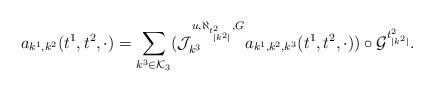
LaTeX: \begin{align*}a_{k^1,k^2}(t^1,t^2,\cdot)=\sum_{k^3 \in \mathcal{K}_3} (\mathcal{J}^{u,\aleph_{t^2_{|k^2|}},G}_{k^3}a_{k^1,k^2,k^3}(t^1,t^2,\cdot))\circ \mathcal{G}^{t^2_{|k^2|}}.\end{align*}